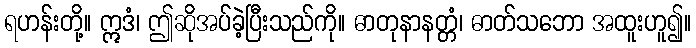
ရဟန်းတို့။ ဣဒံ၊ ဤဆိုအပ်ခဲ့ပြီးသည်ကို။ ဓာတုနာနတ္တံ၊ ဓာတ်သဘော အထူးဟူ၍။